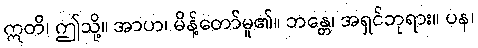
ဣတိ၊ ဤသို့။ အာဟ၊ မိန့်တော်မူ၏။ ဘန္တေ၊ အရှင်ဘုရား။ ပန၊